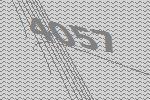
4057